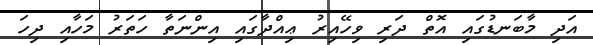
އަދި މާބަނޑުގައި އޮތް ދަރި ވިހޭއިރު ޢިއްދާގައި އިންނަތާ ހަތަރު މަހާއި ދިހަ